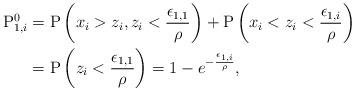
LaTeX: \begin{align*}\mathrm{P}_{1,i}^0 & = \mathrm{P}\left(x_i>z_i, z_i<\frac{\epsilon_{1,1}}{\rho}\right)+\mathrm{P}\left(x_i<z_i<\frac{\epsilon_{1,i}}{\rho}\right) \\ &= \mathrm{P}\left( z_i<\frac{\epsilon_{1,1}}{\rho}\right)=1-e^{-\frac{\epsilon_{1,i}}{\rho}}, \end{align*}